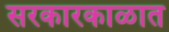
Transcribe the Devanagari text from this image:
सरकारकाळात